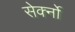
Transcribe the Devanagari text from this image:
सेर्क्नो